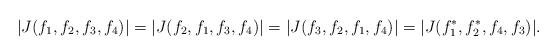
LaTeX: \begin{align*}|J(f_1,f_2,f_3,f_4)|=|J(f_2,f_1,f_3,f_4)|=|J(f_3,f_2,f_1,f_4)|=|J(f_1^{\ast},f_2^{\ast},f_4,f_3)|.\end{align*}